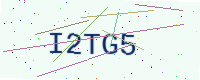
Text: I2TG5